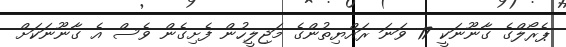
ޕެރޯލްގެ ގާނޫނަކީ 17 ވަނަ ރައްޔިތުންގެ މަޖިލީހުން ފެށިގެން ވެސް އެ ގާނޫނަކަށް